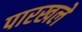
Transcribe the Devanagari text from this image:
पारखले